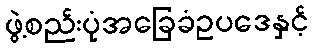
ဖွဲ့စည်းပုံအခြေခံဥပဒေနှင့်